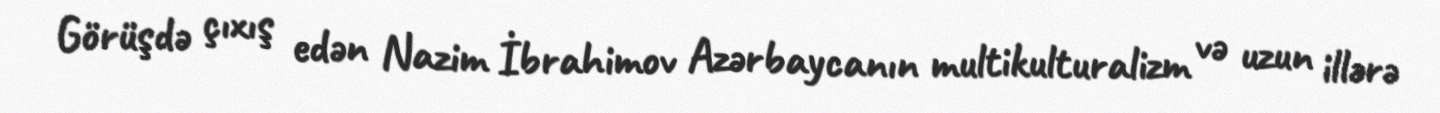
Görüşdə çıxış edən Nazim İbrahimov Azərbaycanın multikulturalizm və uzun illərə